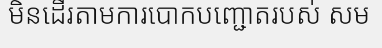
មិនដើរតាមការបោកបញ្ជោតរបស់ សម